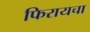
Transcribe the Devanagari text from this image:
फिरायचा